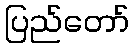
ပြည်တော်